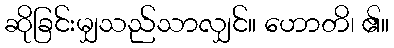
ဆိုခြင်းမျှသည်သာလျှင်။ ဟောတိ၊ ၏။